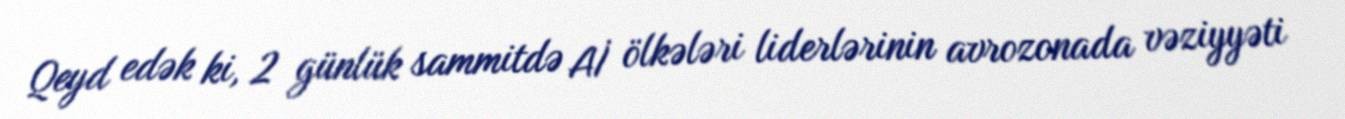
Qeyd edək ki, 2 günlük sammitdə Aİ ölkələri liderlərinin avrozonada vəziyyəti